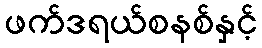
ဖက်ဒရယ်စနစ်နှင့်